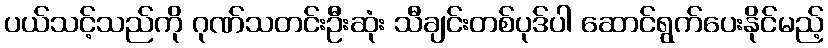
ပယ်သင့်သည်ကို ဂုဏ်သတင်းဦးဆုံး သီချင်းတစ်ပုဒ်ပါ ဆောင်ရွက်ပေးနိုင်မည့်